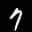
Label: 7